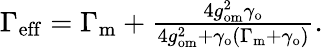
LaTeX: \begin{array}{r}{\Gamma_{\mathrm{eff}}=\Gamma_{\mathrm{m}}+\frac{4g_{\mathrm{om}}^{2}\gamma_{\mathrm{o}}}{4g_{\mathrm{om}}^{2}+\gamma_{\mathrm{o}}(\Gamma_{\mathrm{m}}+\gamma_{\mathrm{o}})}.}\end{array}